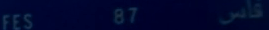
فاس